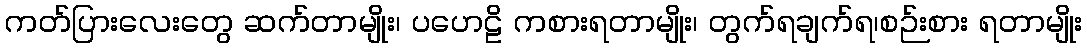
ကတ်ပြားလေးတွေ ဆက်တာမျိုး၊ ပဟေဠိ ကစားရတာမျိုး၊ တွက်ရချက်ရ၊စဉ်းစား ရတာမျိုး